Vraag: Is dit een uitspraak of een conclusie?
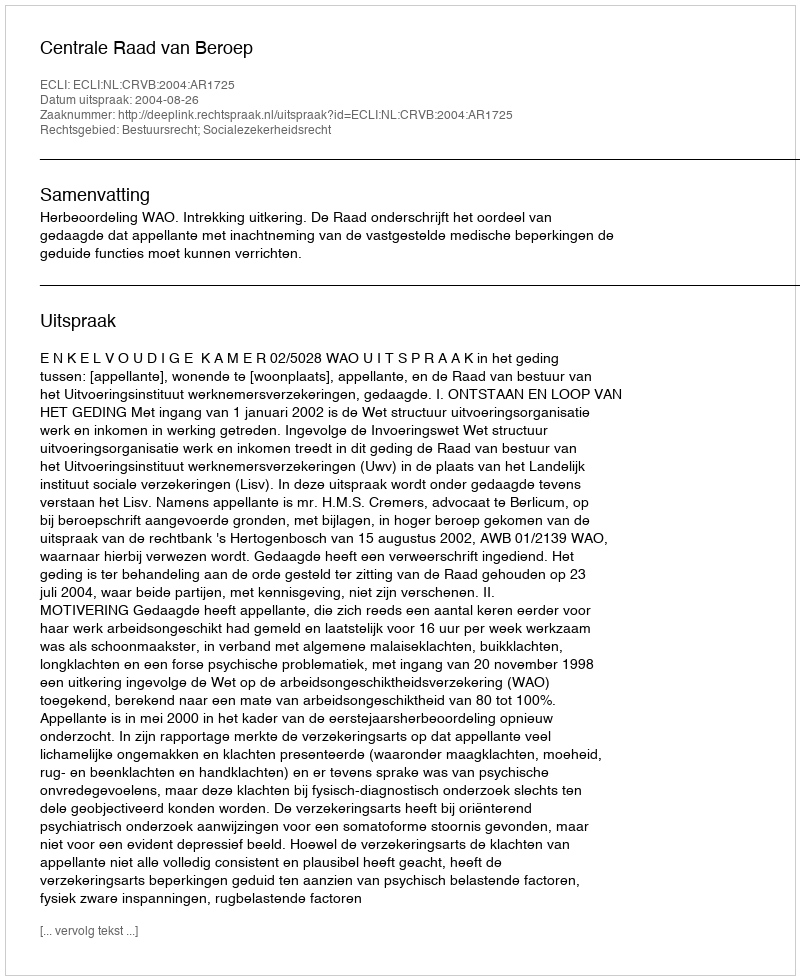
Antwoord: Uitspraak